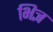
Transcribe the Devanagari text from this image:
भिज्ञ